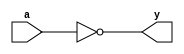
//gate level design for not gate
module notglvl(output y, input a);
not(y,a);
endmodule